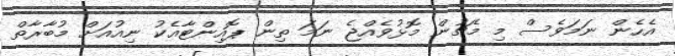
އެހެން ނަމަވެސް މި މެޗުން މޮޅުވެއްޖެ ނަމަ ތިން ޕޮއިންޓާއެކު ނިއުއަށް މުބާރާތް